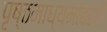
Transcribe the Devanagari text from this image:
पृष्ठमाध्यमांवरही